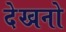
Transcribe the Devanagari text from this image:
देखनो